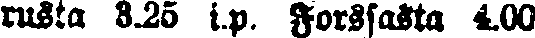
rusta 3.25 i.p. Forssasta 4.00